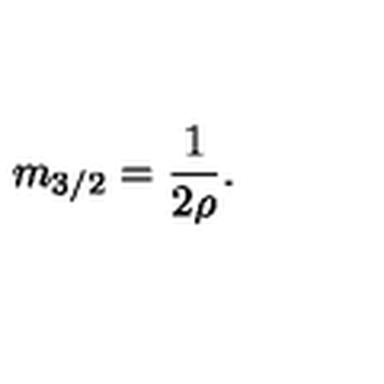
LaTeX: m _ { 3 / 2 } = \frac { 1 } { 2 \rho } .